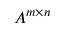
A ^ { m \times n }